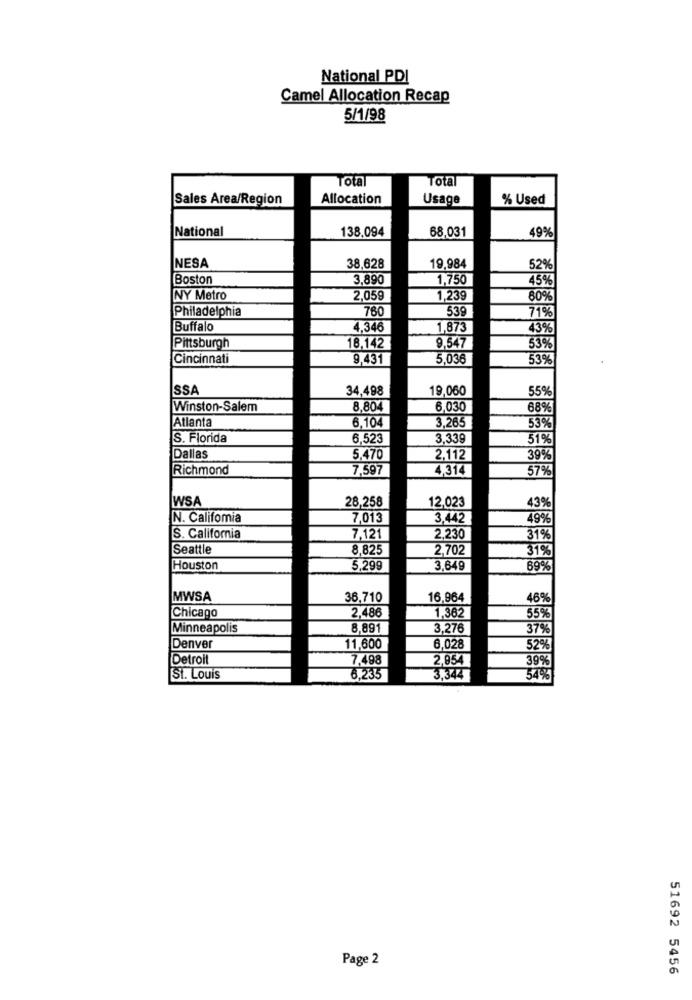
National PDI
Camel Allocation Recap
5/1/98
Total
Total
Sales Area/Region
Allocation
Usage
% Used
National
138,094
68,031
49%
NESA
38,628
19,984
52%
Boston
3,890
1,750
45%
NY Metro
2,059
1,239
80%
Philadelphia
760
539
71%
Buffalo
4.346
1.873
43%
Pittsburgh
18,142
9,547
53%
Cincinnati
9,431
5,036
53%
ISSA
34,498
19,060
55%
Winston-Salem
8,804
6,030
68%
Atlanta
6,104
3,265
53%
S. Florida
6,523
3,339
51%
Dallas
5,470
2.112
39%
Richmond
7,597
4,314
57%
WSA
28,258
12,023
43%
N. Califomia
7,013
3,442
49%
S. California
7,121
2,230
31%
Seattle
8,825
2,702
31%
Houston
5,299
3,649
69%
MWSA
36,710
16,964
469
Chicago
2.486
1.362
55%
Minneapolis
8,891
3.276
37%
Denver
11,600
6.028
52%
Detroit
7.498
2.954
39%
St. Louis
6.235
3,344
54%
Page 2
51692 5456